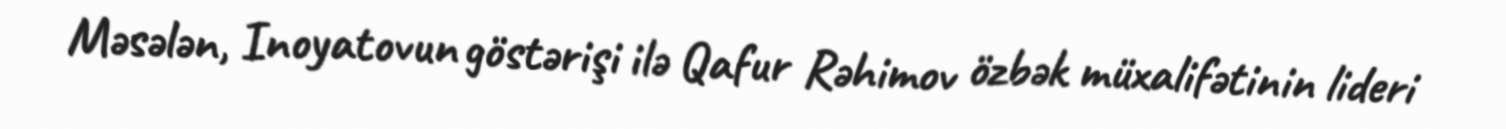
Məsələn, Inoyatovun göstərişi ilə Qafur Rəhimov özbək müxalifətinin lideri